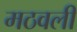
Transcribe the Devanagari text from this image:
मठवली